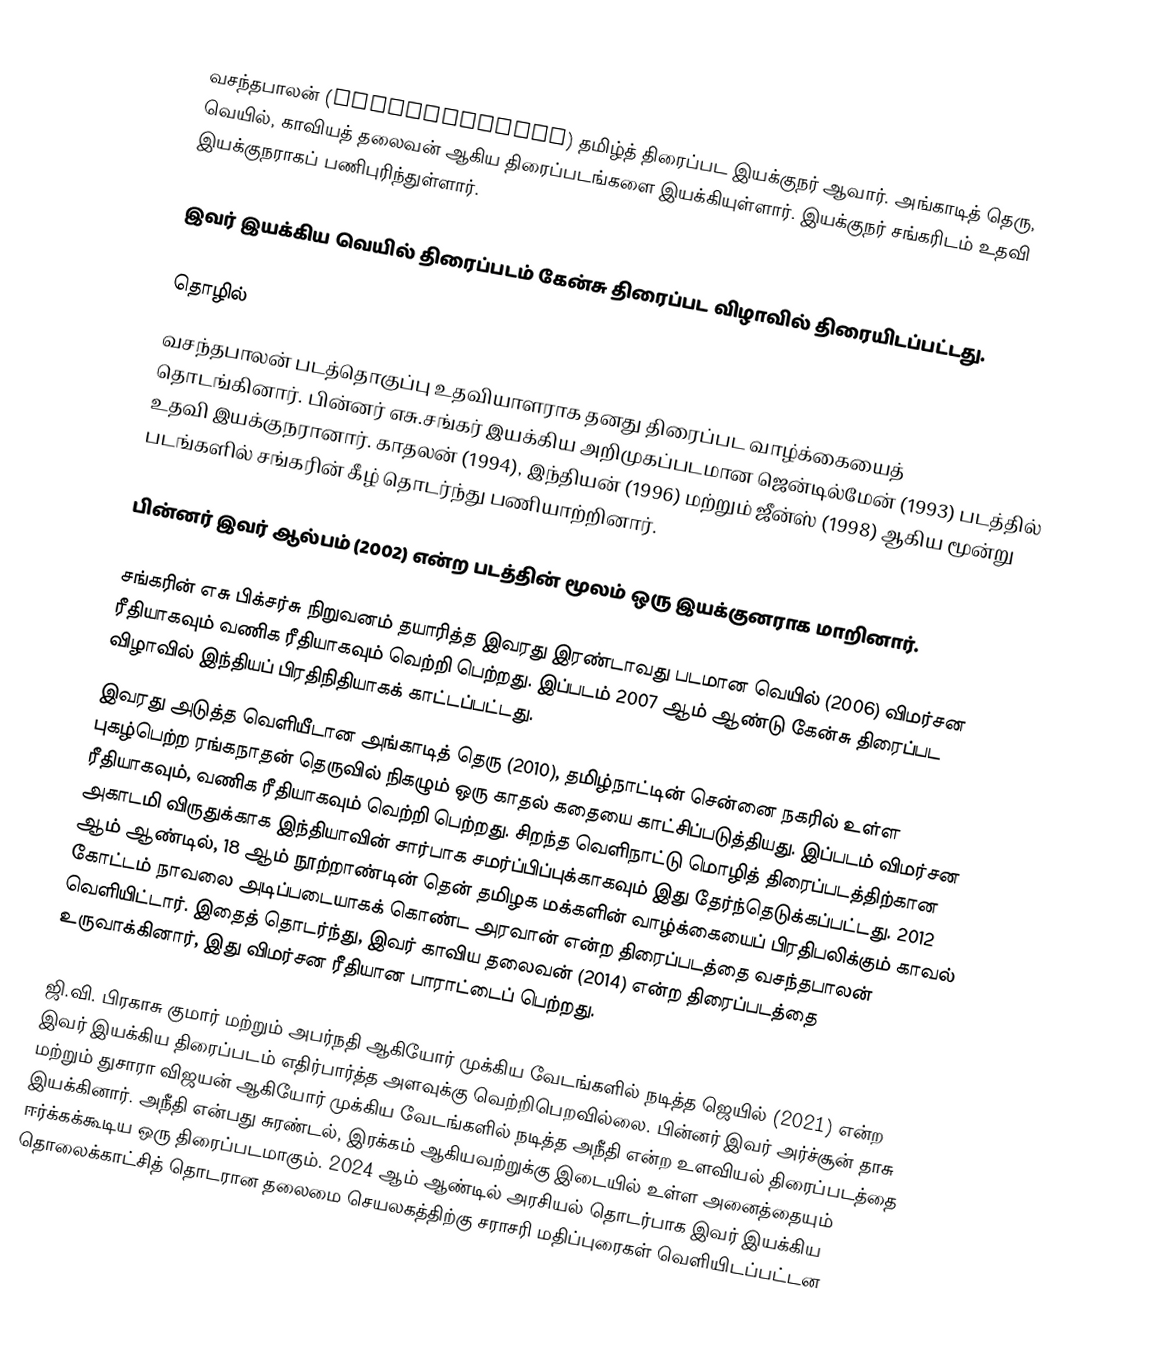
வசந்தபாலன்  (Vasanthabalan) தமிழ்த் திரைப்பட இயக்குநர் ஆவார். அங்காடித் தெரு, வெயில், காவியத் தலைவன் ஆகிய திரைப்படங்களை இயக்கியுள்ளார். இயக்குநர் சங்கரிடம் உதவி இயக்குநராகப் பணிபுரிந்துள்ளார்.

இவர் இயக்கிய வெயில் திரைப்படம் கேன்சு திரைப்பட விழாவில் திரையிடப்பட்டது.

தொழில்
வசந்தபாலன் படத்தொகுப்பு உதவியாளராக தனது திரைப்பட வாழ்க்கையைத் தொடங்கினார். பின்னர் எசு.சங்கர் இயக்கிய அறிமுகப்படமான  ஜென்டில்மேன் (1993) படத்தில் உதவி இயக்குநரானார். காதலன் (1994), இந்தியன் (1996) மற்றும் ஜீன்ஸ் (1998) ஆகிய மூன்று படங்களில் சங்கரின் கீழ் தொடர்ந்து பணியாற்றினார்.

பின்னர் இவர் ஆல்பம் (2002) என்ற படத்தின்  மூலம் ஒரு இயக்குனராக மாறினார்.

சங்கரின் எசு பிக்சர்சு நிறுவனம் தயாரித்த இவரது இரண்டாவது படமான வெயில் (2006) விமர்சன ரீதியாகவும் வணிக ரீதியாகவும் வெற்றி பெற்றது. இப்படம் 2007 ஆம் ஆண்டு கேன்சு திரைப்பட விழாவில் இந்தியப் பிரதிநிதியாகக் காட்டப்பட்டது.
இவரது அடுத்த வெளியீடான அங்காடித் தெரு (2010), தமிழ்நாட்டின் சென்னை நகரில் உள்ள புகழ்பெற்ற ரங்கநாதன் தெருவில் நிகழும் ஒரு காதல் கதையை காட்சிப்படுத்தியது. இப்படம் விமர்சன ரீதியாகவும், வணிக ரீதியாகவும் வெற்றி பெற்றது. சிறந்த வெளிநாட்டு மொழித் திரைப்படத்திற்கான அகாடமி விருதுக்காக  இந்தியாவின் சார்பாக சமர்ப்பிப்புக்காகவும் இது தேர்ந்தெடுக்கப்பட்டது.  2012 ஆம் ஆண்டில், 18 ஆம் நூற்றாண்டின் தென் தமிழக மக்களின் வாழ்க்கையைப் பிரதிபலிக்கும் காவல் கோட்டம் நாவலை அடிப்படையாகக் கொண்ட அரவான் என்ற  திரைப்படத்தை வசந்தபாலன் வெளியிட்டார். இதைத் தொடர்ந்து, இவர் காவிய தலைவன் (2014) என்ற திரைப்படத்தை உருவாக்கினார், இது விமர்சன ரீதியான பாராட்டைப் பெற்றது.

ஜி.வி. பிரகாசு குமார் மற்றும் அபர்நதி ஆகியோர் முக்கிய வேடங்களில் நடித்த ஜெயில் (2021) என்ற இவர் இயக்கிய திரைப்படம் எதிர்பார்த்த அளவுக்கு வெற்றிபெறவில்லை. பின்னர் இவர் அர்ச்சூன் தாசு மற்றும் துசாரா விஜயன் ஆகியோர் முக்கிய வேடங்களில் நடித்த அநீதி என்ற உளவியல் திரைப்படத்தை இயக்கினார். அநீதி என்பது சுரண்டல், இரக்கம் ஆகியவற்றுக்கு  இடையில் உள்ள அனைத்தையும் ஈர்க்கக்கூடிய ஒரு திரைப்படமாகும். 2024 ஆம் ஆண்டில் அரசியல் தொடர்பாக இவர் இயக்கிய தொலைக்காட்சித் தொடரான தலைமை செயலகத்திற்கு சராசரி மதிப்புரைகள் வெளியிடப்பட்டன